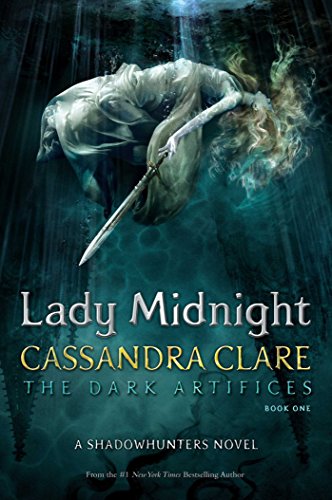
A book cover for Lady Midnight (The Dark Artifices); Cassandra Clare; Teen & Young Adult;